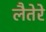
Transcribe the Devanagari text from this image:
लैतेरे